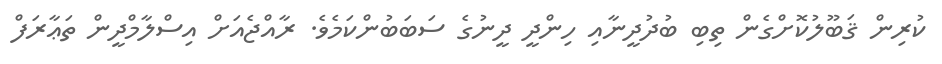
ކުރިން ޤަބޫލުކޮށްގެން ތިބި ބުދުދީނާއި ހިންދީ ދީނުގެ ސަބަބުންކަމެވެ. ރާއްޖެއަށް އިސްލާމްދީން ތަޢާރަފް